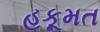
હકૂમત